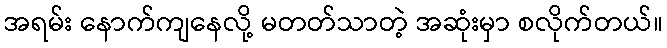
အရမ်း နောက်ကျနေလို့ မတတ်သာတဲ့ အဆုံးမှာ စလိုက်တယ်။